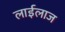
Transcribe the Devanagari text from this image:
लाईलाज